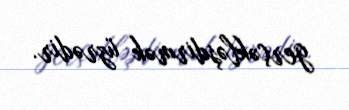
gerçəkləşdirmək üzrədir.